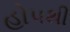
હોપથી